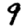
Digit: 9